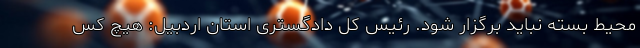
محیط بسته نباید برگزار شود. رئیس کل دادگستری استان اردبیل: هیچ کس